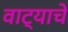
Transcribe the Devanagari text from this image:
वाट्याचे